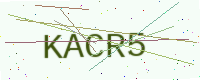
Text: KACR5